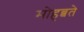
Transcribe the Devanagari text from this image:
मोहब्बते